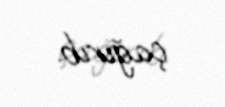
çağırıb.